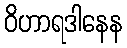
ဝိဟာရဒါနေန